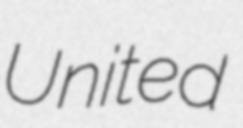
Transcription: United